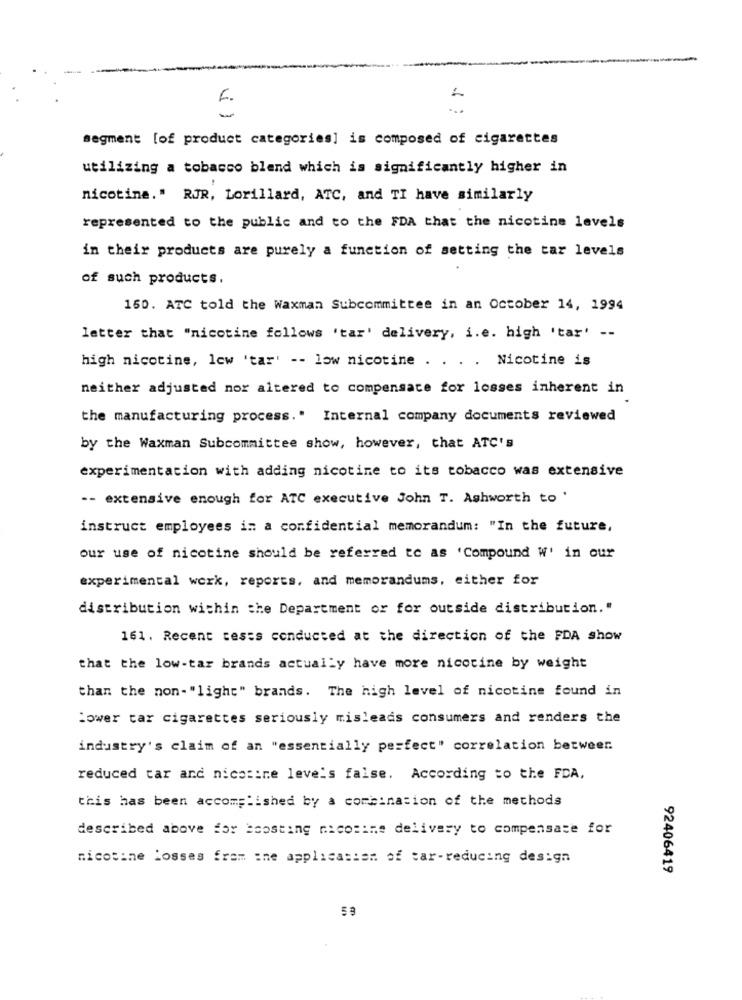
E.
...
1 :
segment [of product categories] is composed of cigarettes
utilizing a tobacco blend which is significantly higher in
nicotine." RJR, Lorillard, ATC, and TI have similarly
represented to the public and to the FDA that the nicotine levels
in their products are purely a function of setting the tar levels
of such products.
150. ATC told the Waxman Subcommittee in an October 14, 1994
letter that "nicotine follows 'tar' delivery, i.e. high 'tar' --
high nicotine, low 'tar' -- low nicotine . . . . Nicotine is
neither adjusted nor altered to compensate for losses inherent in
the manufacturing process." Internal company documents reviewed
by the Waxman Subcommittee show, however, that ATC's
experimentation with adding nicotine to its tobacco was extensive
-- extensive enough for ATC executive John T. Ashworth to '
instruct employees in a confidential memorandum: "In the future,
our use of nicotine should be referred to as 'Compound W' in our
experimental work, reports, and memorandums, either for
distribution within the Department or for outside distribution."
161. Recent tests conducted at the direction of the FDA show
that the low-tar brands actually have more nicotine by weight
than the non- "light" brands. The high level of nicotine found in
Lower tar cigarettes seriously misleads consumers and renders the
industry's claim of an "essentially perfect" correlation betweer.
reduced tar and nicotine leve's false. According to the FDA,
this has been accomplished by a combination of the methods
described above for boosting nicotine delivery to compensate for
nicotine losses from the application of car-reducing design
92406419